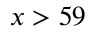
x > 5 9